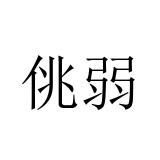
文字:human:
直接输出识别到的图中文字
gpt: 佻弱